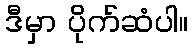
ဒီမှာ ပိုက်ဆံပါ။